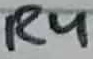
Text: R4